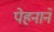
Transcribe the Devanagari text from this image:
पेहनाने